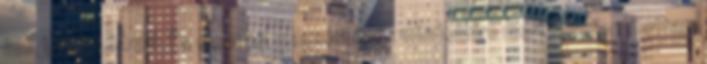
kell, UTÁNAJÁRNI. És most jól megsértődök mindenkire mert félrefordítottam